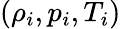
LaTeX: (\rho_{i},p_{i},T_{i})